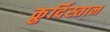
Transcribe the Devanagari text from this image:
क़ुर्दिस्तान